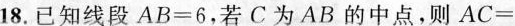
18.已知线段$$A B = 6$$，若C为AB的中点，则$$A C =$$